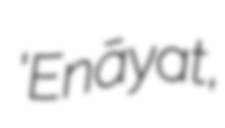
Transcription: ‘Enāyat,